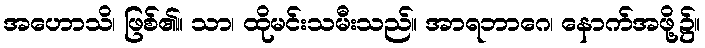
အဟောသိ၊ ဖြစ်၏။ သာ၊ ထိုမင်းသမီးသည်။ အာရဘာဂေ၊ နောက်အဖို့၌။